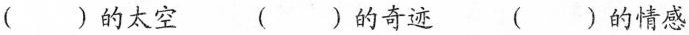
( )的太空 ( )的奇迹 ( )的情感